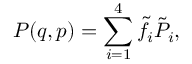
P ( q , p ) = \sum _ { i = 1 } ^ { 4 } \tilde { f } _ { i } \tilde { P } _ { i } ,